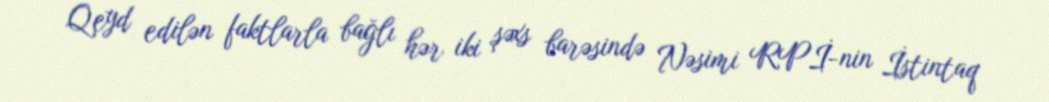
Qeyd edilən faktlarla bağlı hər iki şəxs barəsində Nəsimi RPİ-nin İstintaq